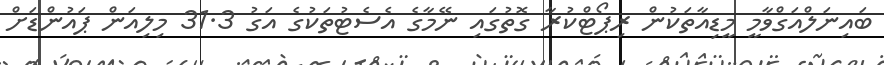
ބައިނަލްއަގްވާމީ މީޑިއާތަކުން ރިޕޯޓްކުރާ ގޮތުގައި ނޭމާގެ އެސެޓުތަކުގެ އަގު 31.3 މިލިއަން ޕައުންޑަށް